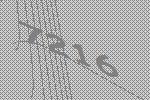
7216